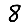
Digit: 8